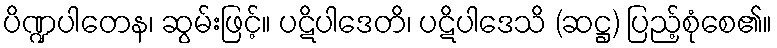
ပိဏ္ဍပါတေန၊ ဆွမ်းဖြင့်။ ပဋိပါဒေတိ၊ ပဋိပါဒေသိ (ဆဋ္ဌ) ပြည့်စုံစေ၏။